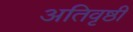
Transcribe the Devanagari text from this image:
अतिवृष्ठी